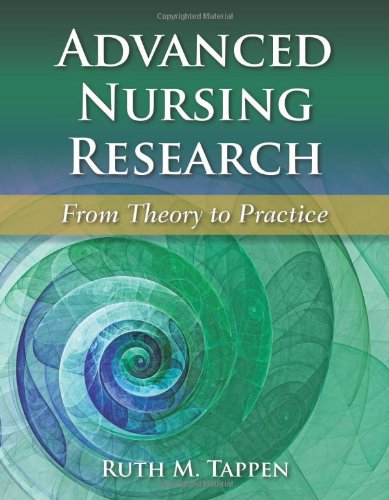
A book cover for Advanced Nursing Research: From Theory to Practice; Ruth M. Tappen; Medical Books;